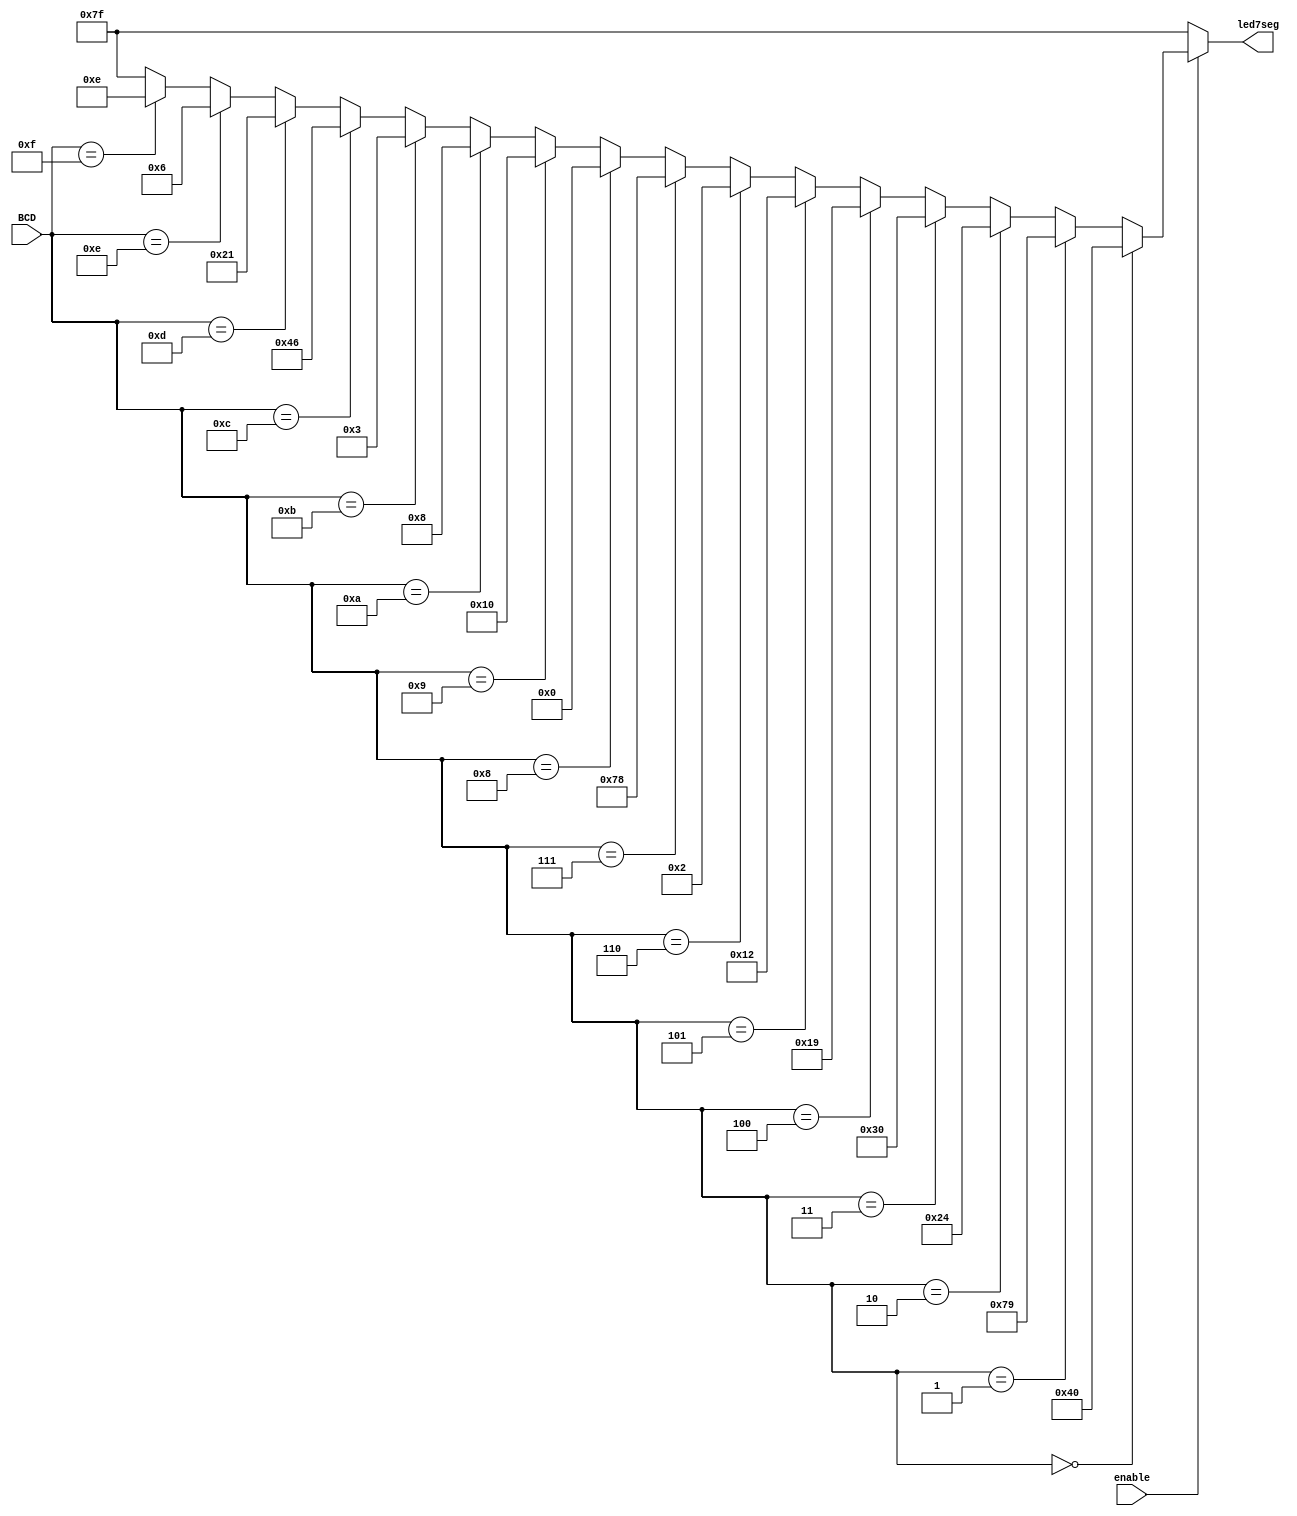
module led7_decoder(output [6:0] led7seg, 
                    input        enable,
                    input  [3:0] BCD
               );

   wire [6:0] w_out;

   assign led7seg[6:0] = (enable == 1'b1)?w_out[6:0]:7'b111_1111;

   assign w_out[6:0] = (BCD == 4'd0)?7'b100_0000:
                       (BCD == 4'd1)?7'b111_1001:
                       (BCD == 4'd2)?7'b010_0100:
                       (BCD == 4'd3)?7'b011_0000:
                       (BCD == 4'd4)?7'b001_1001:
                       (BCD == 4'd5)?7'b001_0010:
                       (BCD == 4'd6)?7'b000_0010:
                       (BCD == 4'd7)?7'b111_1000:
                       (BCD == 4'd8)?7'b000_0000:
                       (BCD == 4'd9)?7'b001_0000:
							  (BCD == 4'd10)?7'b000_1000:
							  (BCD == 4'd11)?7'b000_0011:
							  (BCD == 4'd12)?7'b100_0110:
							  (BCD == 4'd13)?7'b010_0001:
							  (BCD == 4'd14)?7'b000_0110:
							  (BCD == 4'd15)?7'b000_1110: 7'b111_1111;

endmodule